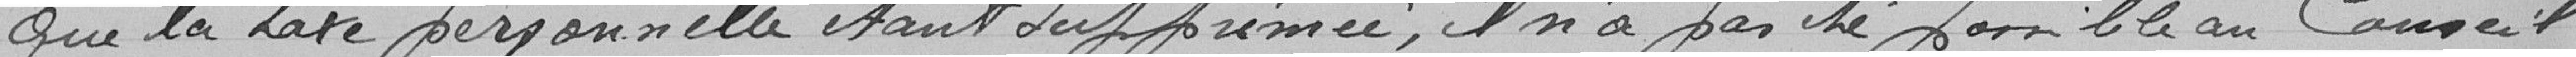
que la taxe personnelle étant supprimée, il n'a pas été possible au Conseil